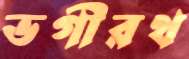
ভগীরথ